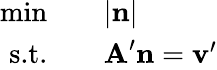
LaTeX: \begin{array}{rl}{\operatorname*{min}\quad}&{{}|\textbf{n}|}\\ {\textrm{s.t.}\quad}&{{}\textbf{A}^{\prime}\textbf{n}=\textbf{v}^{\prime}}\end{array}